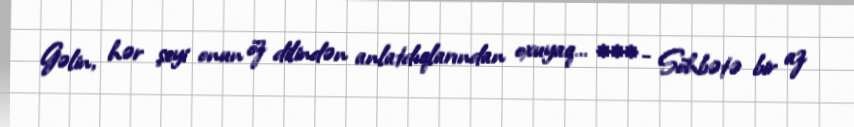
Gəlin, hər şeyi onun öz dilindən anlatdıqlarından oxuyaq… *** - Söhbətə bir az